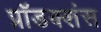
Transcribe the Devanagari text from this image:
प्रॉडक्शंस